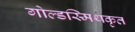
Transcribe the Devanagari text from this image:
गोल्डस्मिथकृत